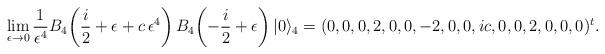
LaTeX: \begin{align*}\lim_{\epsilon\rightarrow 0}\frac{1}{\epsilon^4}B_4\!\left(\frac{i}{2}+\epsilon+c\,\epsilon^4\right)B_4\!\left(-\frac{i}{2}+\epsilon\right)|0\rangle_4=(0,0,0,2,0,0,-2,0,0,ic,0,0,2,0,0,0)^t.\end{align*}